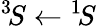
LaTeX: ^3\! S\leftarrow{}^{1}\! S